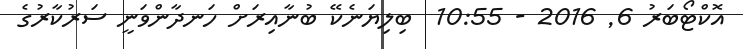
އޮކްޓޯބަރު 6